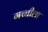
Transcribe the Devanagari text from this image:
गच्चीला